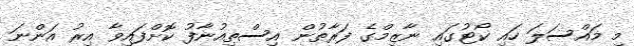
މި މައްސަލަ ހައި ކޯޓުގައި ނާޒިމްގެ ފަރާތުން އިސްތިއުނާފު ކޮށްފައިވާ އިރު އަންނަ